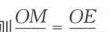
\(\vert\vert\vert\ OM = OE\)